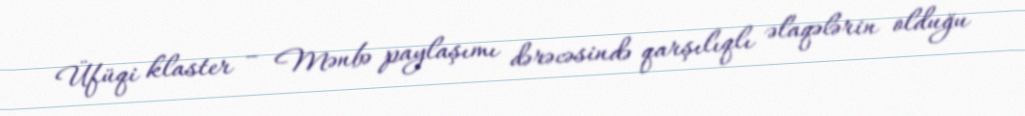
Üfüqi klaster – Mənbə paylaşımı dərəcəsində qarşılıqlı əlaqələrin olduğu